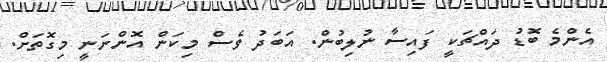
އެންމެ ބޮޑު ދައްޗަކީ ފައިސާ ނުލިބުން. އަބަދު ވެސް މިކަން އޮންނަނީ މިގޮތަށް.